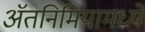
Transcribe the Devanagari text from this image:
ॲतनिमियामध्ये